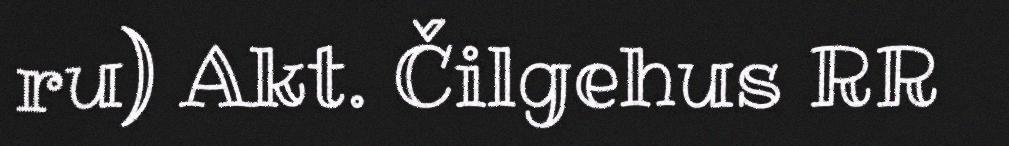
ru) Akt. Čilgehus RR